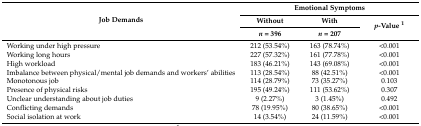
| <ROWSPAN=3> Job Demands | <COLSPAN=3> Emotional Symptoms |
 | Without | With | <ROWSPAN=2> p-Value 1 |
 | n = 396 | n = 207 |
 | --- | --- | --- | --- |
 | Working under high pressure | 212 (53.54%) | 163 (78.74%) | <0.001 |
 | Working long hours | 227 (57.32%) | 161 (77.78%) | <0.001 |
 | High workload | 183 (46.21%) | 143 (69.08%) | <0.001 |
 | Imbalance between physical/mental job demands and workers’ abilities | 113 (28.54%) | 88 (42.51%) | <0.001 |
 | Monotonous job | 114 (28.79%) | 73 (35.27%) | 0.103 |
 | Presence of physical risks | 195 (49.24%) | 111 (53.62%) | 0.307 |
 | Unclear understanding about job duties | 9 (2.27%) | 3 (1.45%) | 0.492 |
 | Conflicting demands | 78 (19.95%) | 80 (38.65%) | <0.001 |
 | Social isolation at work | 14 (3.54%) | 24 (11.59%) | <0.001 |